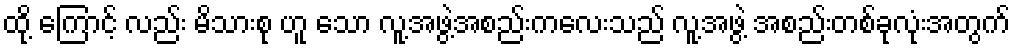
ထို့ ကြောင့် လည်း မိသားစု ဟူ သော လူ့အဖွဲ့အစည်းကလေးသည် လူ့အဖွဲ့ အစည်းတစ်ခုလုံးအတွက်